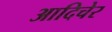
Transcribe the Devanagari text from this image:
आदिचेर